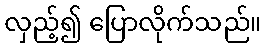
လှည့်၍ ပြောလိုက်သည်။